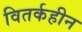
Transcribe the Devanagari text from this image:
वितर्कहीन